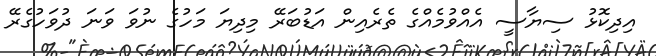
އިދިކޮޅު ސިޔާސީ އެއްވުމެއްގެ ތެރެއިން އަޑުބަރޭ މިދިޔަ މަހުގެ ނުވަ ވަނަ ދުވަހުގެރޭ